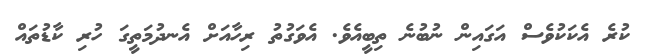
ކުރެ އެކަކުވެސް އަގައިން ނުބުނެ ތިބީއެވެ. އެވަގުތު ރިހާއަށް އެނދުމަތީގަ ހުރި ކާޑުތައް